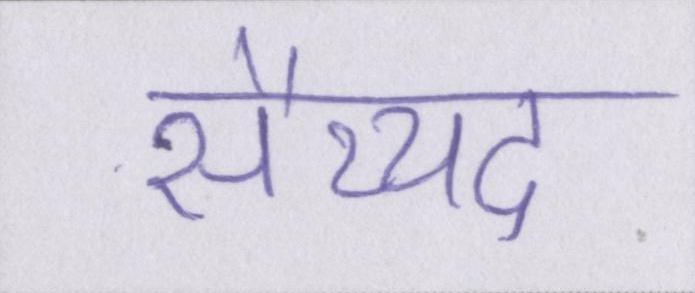
सैय्यद